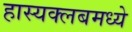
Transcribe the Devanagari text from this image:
हास्यक्लबमध्ये